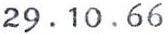
29.10.66